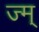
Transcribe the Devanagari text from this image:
ज्म्